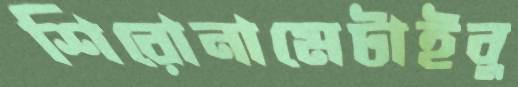
শিরোনামেটাইবু